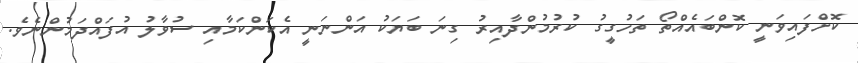
ކޮށްފައިވަނީ ކޮންބައެއްތޯ ތަހުގީގު ކުރުމުންދާއިރު ގިނަ ބަޔަކު އަންނަނީ އެކަންކަމާއި ސުވާލު އުފައްދަމުންނެވެ.